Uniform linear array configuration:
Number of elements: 48
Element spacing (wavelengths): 1
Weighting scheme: cosine
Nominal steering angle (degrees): -30
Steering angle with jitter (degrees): -30.783
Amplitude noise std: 0.05
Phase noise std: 0.05

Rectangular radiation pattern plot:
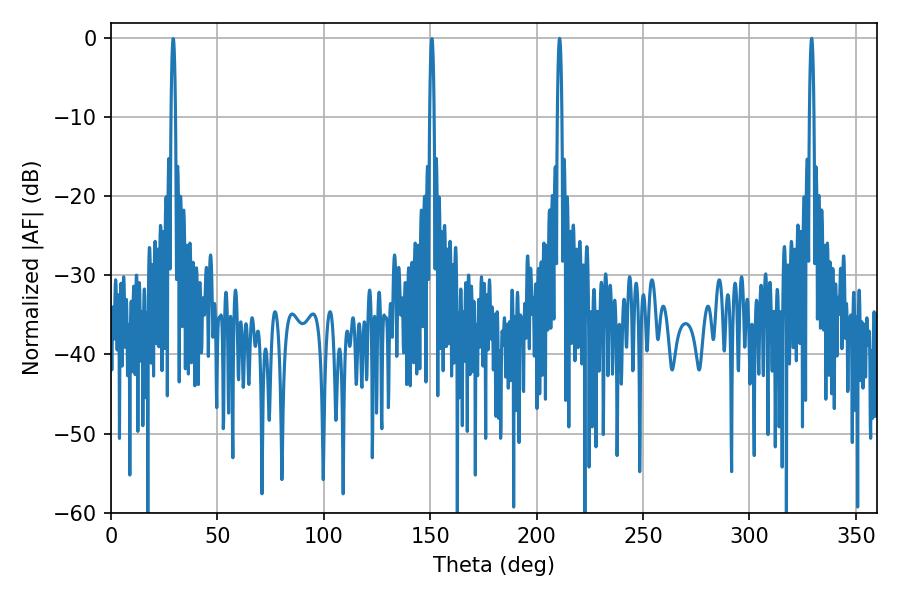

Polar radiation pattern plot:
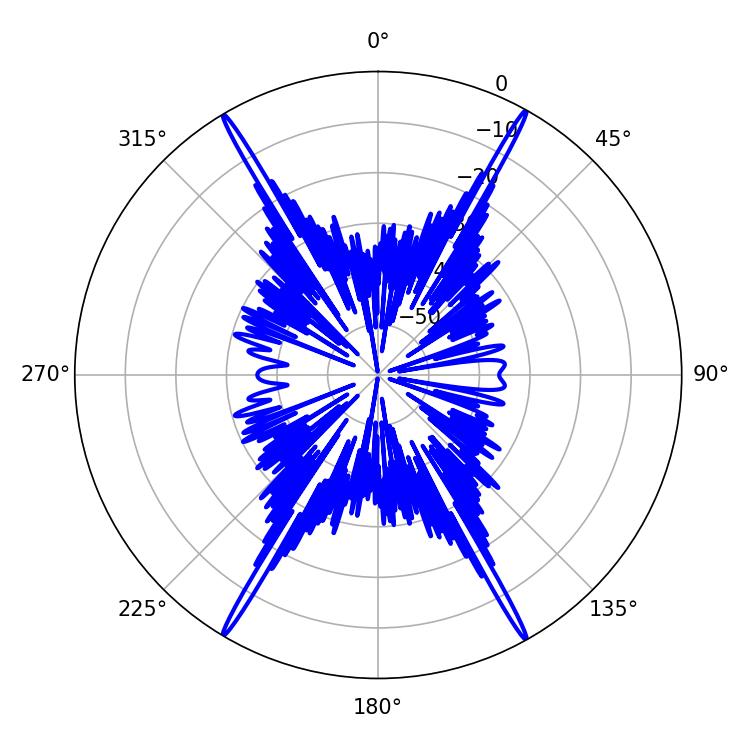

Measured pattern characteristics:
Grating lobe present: TRUE
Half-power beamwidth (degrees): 1.08
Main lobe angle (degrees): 329.22